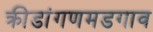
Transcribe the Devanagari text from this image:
क्रीडांगणमडगाव